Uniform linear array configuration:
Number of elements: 4
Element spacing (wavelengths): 0.75
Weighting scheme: hann
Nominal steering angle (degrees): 60
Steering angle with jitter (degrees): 58.341
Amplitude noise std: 0.05
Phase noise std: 0.05

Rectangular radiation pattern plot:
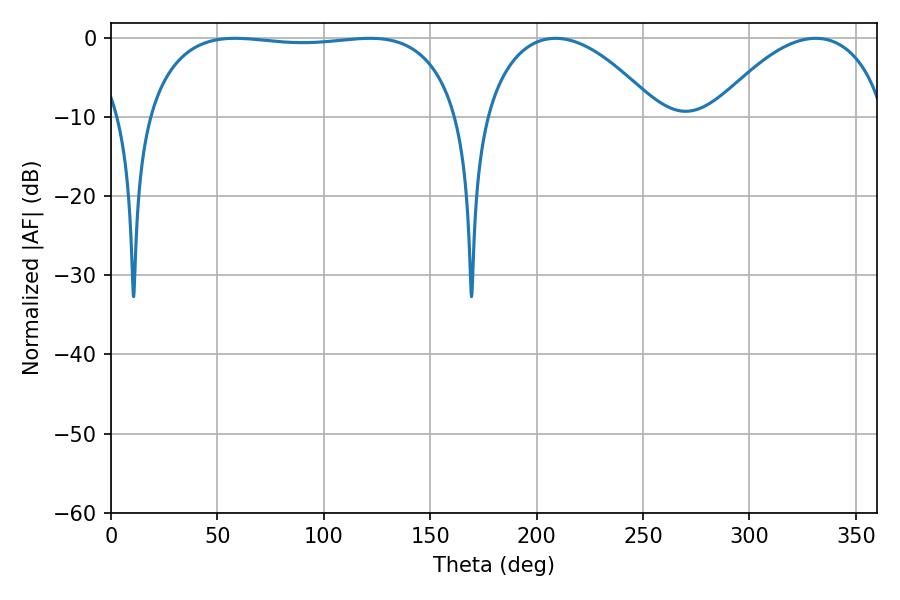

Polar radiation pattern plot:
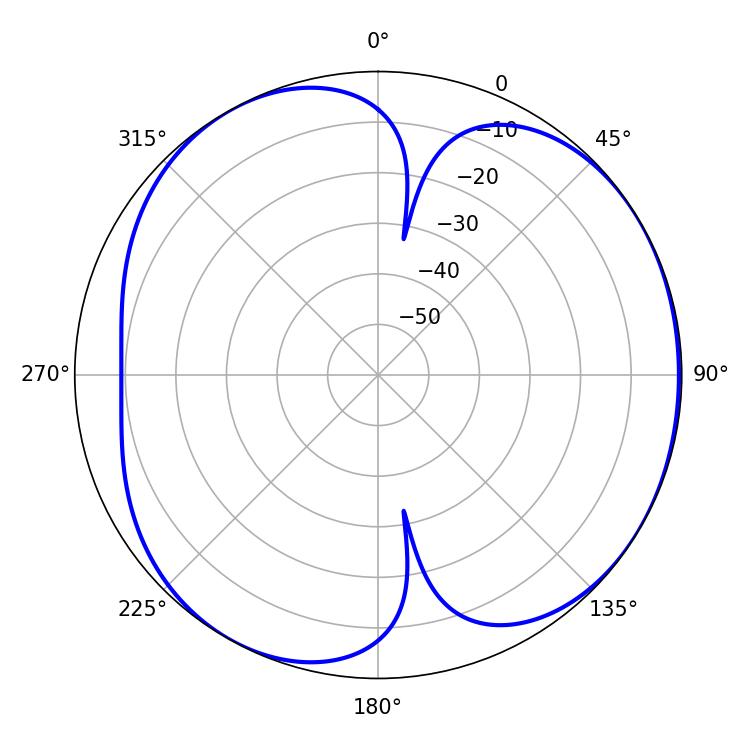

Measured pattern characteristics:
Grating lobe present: TRUE
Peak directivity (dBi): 4.722
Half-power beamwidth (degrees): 117.36
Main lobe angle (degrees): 121.68